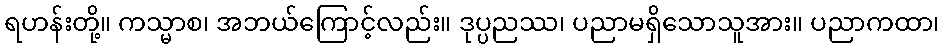
ရဟန်းတို့။ ကသ္မာစ၊ အဘယ်ကြောင့်လည်း။ ဒုပ္ပညဿ၊ ပညာမရှိသောသူအား။ ပညာကထာ၊